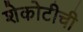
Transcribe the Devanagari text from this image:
शेकोटीची